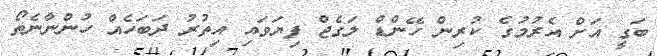
ބަގީ އަށް އެރުމުގެ ކުރިން ހޭންޑް ލަގެޖް ފިޔަވައި އިތުރު ދަބަހެއް ހުންނާނެތޯ